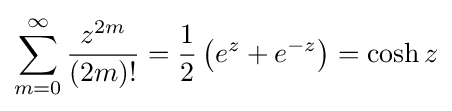
\sum _{m=0}^{\infty }{z^{2m} \over (2m)!}={\frac {1}{2}}\left(e^{z}+e^{-z}\right)=\cosh {z}